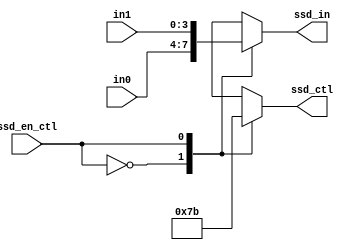
`timescale 1ns / 1ps
//////////////////////////////////////////////////////////////////////////////////
// Company: 
// Engineer: 
// 
// Design Name: 
// Module Name: scan_ctl
// Project Name: 
// Target Devices: 
// Tool Versions: 
// Description: 
// 
// Dependencies: 
// 
// Revision:
// Revision 0.01 - File Created
// Additional Comments:
// 
//////////////////////////////////////////////////////////////////////////////////


module scan_ctl(
    ssd_in,//output for display
    ssd_ctl,//output 7-segment
    ssd_en_ctl,//input from freqdiv
    in0,//input from cnt
    in1,
    );
    output reg [3:0]ssd_in;
    output reg [3:0]ssd_ctl;
    input ssd_en_ctl;
    input [3:0]in0;
    input [3:0]in1;
    
    always@*
        case(ssd_en_ctl) 
           1'b0:
           begin
           ssd_ctl = 4'b0111;
           ssd_in = in0;
           end
           1'b1:
           begin
           ssd_ctl = 4'b1011;
           ssd_in = in1;
           end
           default:
            begin
            ssd_ctl = 4'b0111;
            ssd_in = in0;
            end
        endcase
           
            
    
endmodule